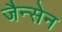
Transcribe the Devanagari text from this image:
जैन्सेन